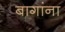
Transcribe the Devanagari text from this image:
बागांना